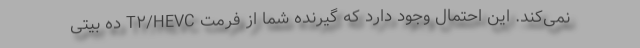
نمی‌کند. این احتمال وجود دارد که گیرنده شما از فرمت T۲/HEVC ده بیتی